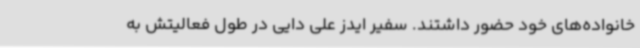
خانواده‌های خود حضور داشتند. سفیر ایدز علی دایی در طول فعالیتش به